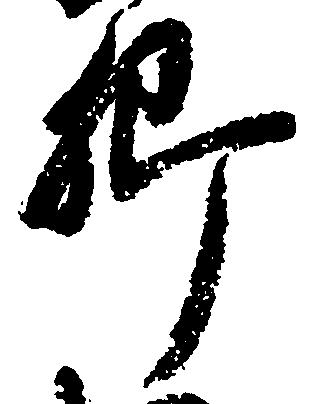
郷